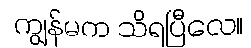
ကျွန်မက သိရပြီလေ။